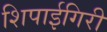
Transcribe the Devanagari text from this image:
शिपाईगिरी